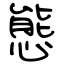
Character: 態